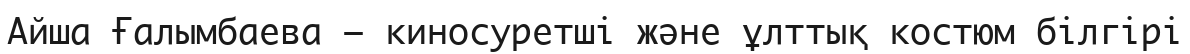
Айша Ғалымбаева – киносуретші және ұлттық костюм білгірі